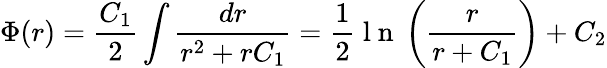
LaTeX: \Phi(r)=\frac{C_{1}}{2}\displaystyle\int\frac{dr}{r^{2}+rC_{1}}=\frac{1}{2}\mathrm{~l~n~}\left(\frac{r}{r+C_{1}}\right)+C_{2}